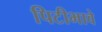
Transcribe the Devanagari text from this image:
पिटीभावे